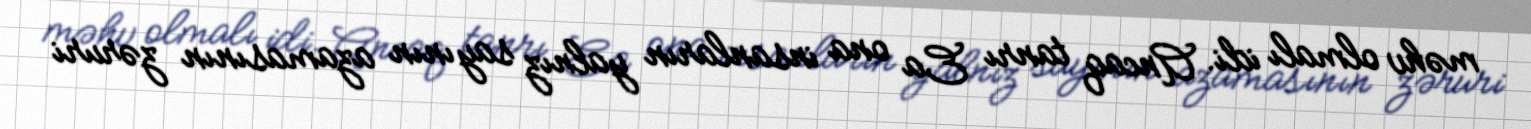
məhv olmalı idi. Ancaq tanrı Ea ona insanların yalnız sayının azamasının zəruri